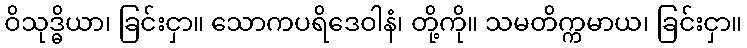
ဝိသုဒ္ဓိယာ၊ ခြင်းငှာ။ သောကပရိဒေဝါနံ၊ တို့ကို။ သမတိက္ကမာယ၊ ခြင်းငှာ။